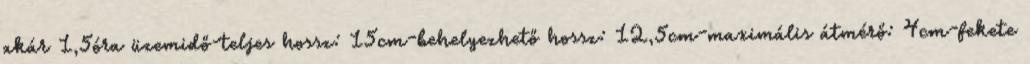
akár 1,5óra üzemidő-teljes hossz: 15cm-behelyezhető hossz: 12,5cm-maximális átmérő: 4cm-fekete